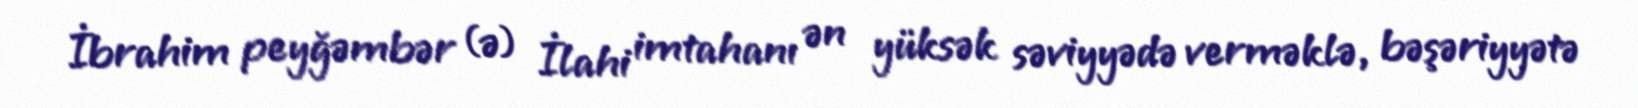
İbrahim peyğəmbər (ə) İlahi imtahanı ən yüksək səviyyədə verməklə, bəşəriyyətə